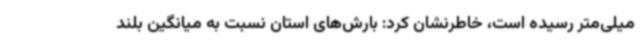
میلی‌متر رسیده است، خاطرنشان کرد: بارش‌های استان نسبت به میانگین بلند